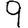
Digit: 9